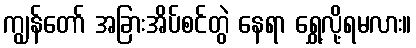
ကျွန်တော် အခြားအိပ်စင်တွဲ နေရာ ရွှေ့လို့ရမလား။